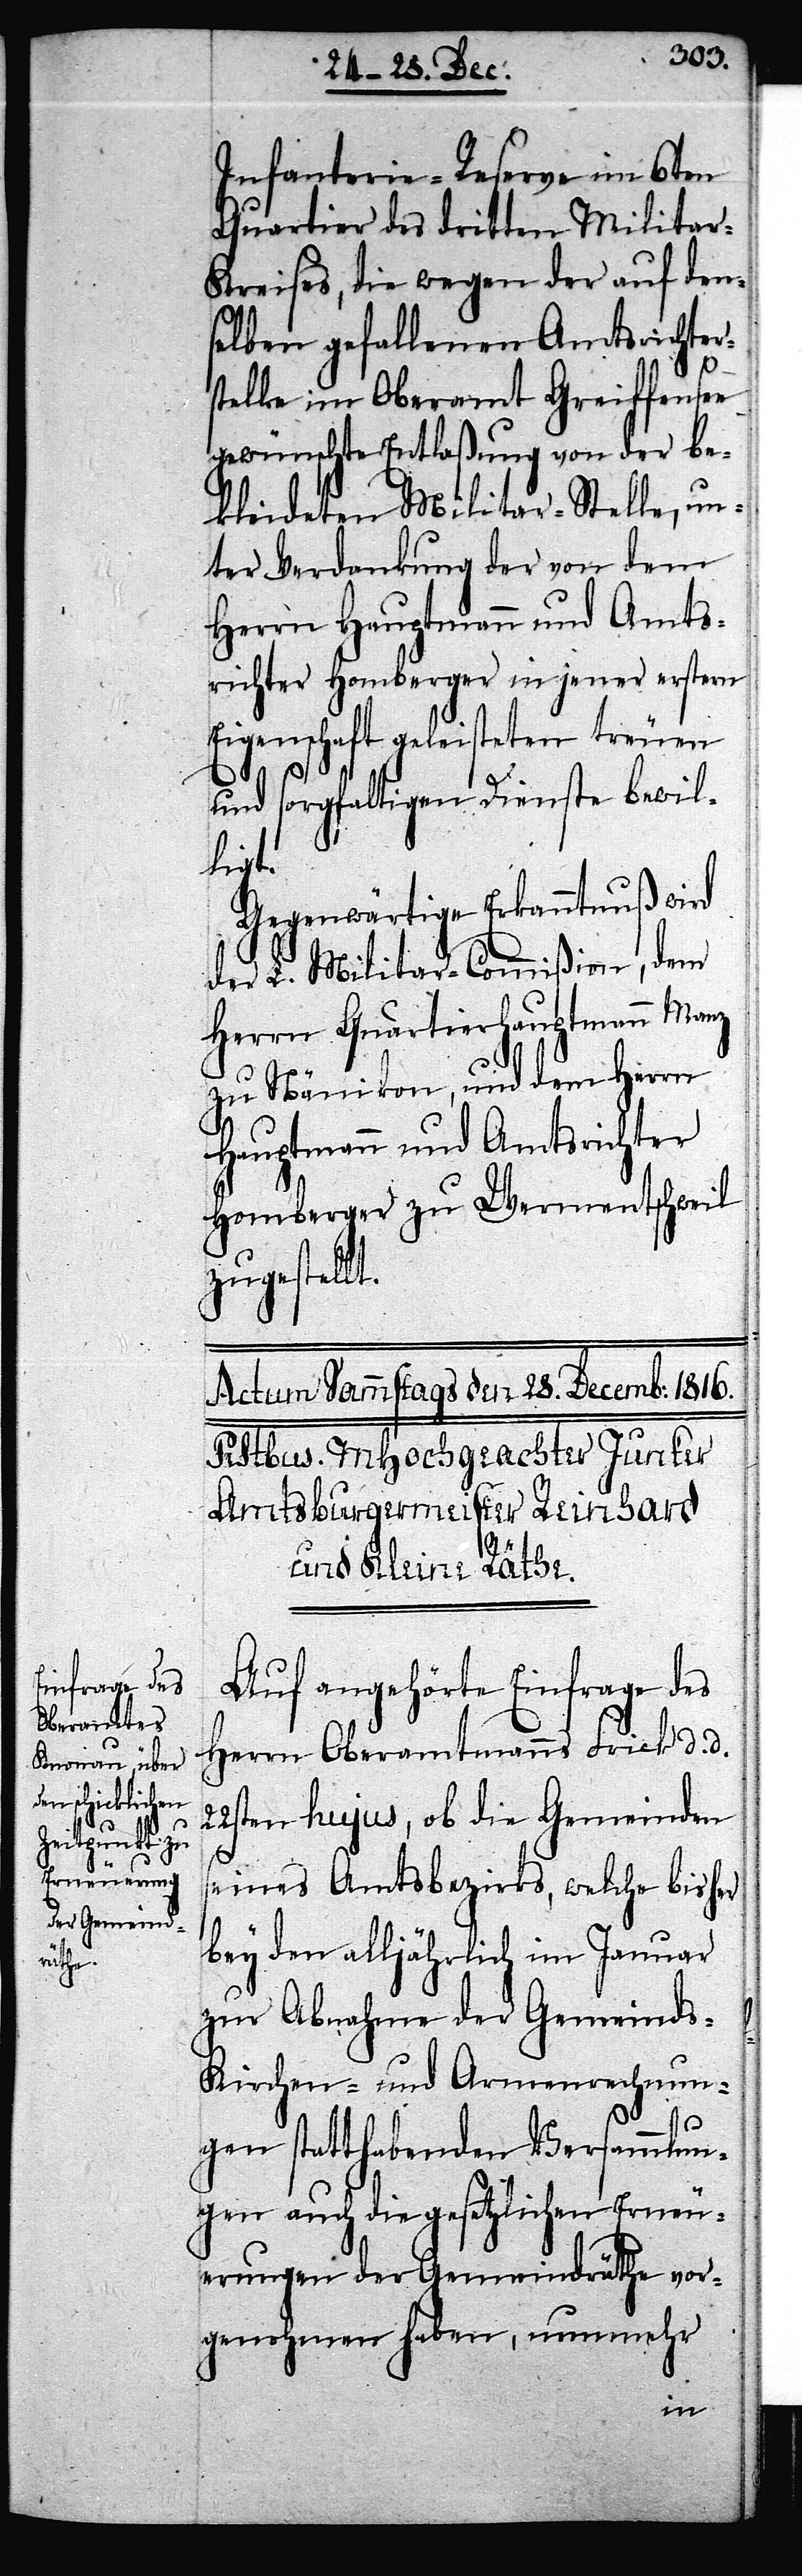
Infanterie-Reserve im 6ten
Quartier des dritten Militar-K¬
reises, die wegen der auf den¬
selben gefallenen Amtsrichter¬
stelle im Oberamt Greiffensee
gewünschte Entlaßung von der be¬
kleideten Militar-Stelle, un¬
ter Verdankung der von dem
Herrn Hauptmann und Amts¬
richter Homberger in jener ersten
Eigenschaft geleisteten treuen
und sorgfaltigen Dienste bewil¬
ligt.
Gegenwärtige Erkanntnuß wird
der L. Militar-Commißion, dem
Herrn Quartierhauptmann Manz
zu Nänikon, und dem Herrn
Hauptmann und Amtsrichter
Homberger zu Wermentschweil
zugestellt.
Auf angehörte Einfrage des
Herrn Oberamtmanns Frick d. d.
22sten hujus, ob die Gemeinden
seines Amtsbezirks, welche bisher
bey den alljährlich im Januar
zur Abnahme der Gemeinds-
Kirchen- und Armenrechnun¬
gen statthabenden Versammlun¬
gen auch die gesetzlichen Erneu¬
erungen der Gemeindräthe vor¬
genohmen haben, nunmehr